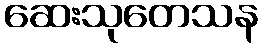
ဆေးသုတေသန